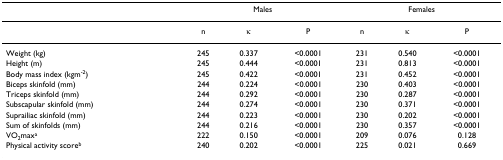
|  | <COLSPAN=3> Males | <COLSPAN=3> Females |
 | --- | --- | --- | --- | --- | --- | --- |
 |  | n | κ | P | n | κ | P |
 | Weight (kg) | 245 | 0.337 | <0.0001 | 231 | 0.540 | <0.0001 |
 | Height (m) | 245 | 0.444 | <0.0001 | 231 | 0.813 | <0.0001 |
 | Body mass index (kgm-2) | 245 | 0.422 | <0.0001 | 231 | 0.452 | <0.0001 |
 | Biceps skinfold (mm) | 244 | 0.224 | <0.0001 | 230 | 0.403 | <0.0001 |
 | Triceps skinfold (mm) | 244 | 0.292 | <0.0001 | 230 | 0.287 | <0.0001 |
 | Subscapular skinfold (mm) | 244 | 0.274 | <0.0001 | 230 | 0.371 | <0.0001 |
 | Suprailiac skinfold (mm) | 244 | 0.223 | <0.0001 | 230 | 0.202 | <0.0001 |
 | Sum of skinfolds (mm) | 244 | 0.216 | <0.0001 | 230 | 0.357 | <0.0001 |
 | VO2maxa | 222 | 0.150 | <0.0001 | 209 | 0.076 | 0.128 |
 | Physical activity scoreb | 240 | 0.202 | <0.0001 | 225 | 0.021 | 0.669 |